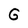
Character: G